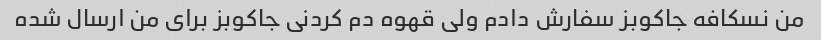
من نسکافه جاکوبز سفارش دادم ولی قهوه دم کردنی جاکوبز برای من ارسال شده